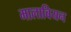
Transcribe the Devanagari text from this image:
मालावियन